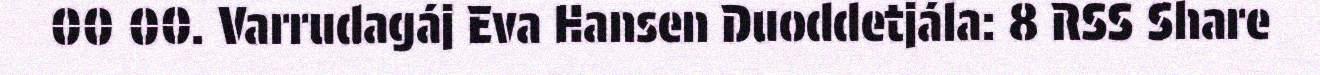
00 00. Varrudagáj Eva Hansen Duoddetjála: 8 RSS Share